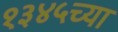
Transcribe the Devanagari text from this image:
१३४५च्या